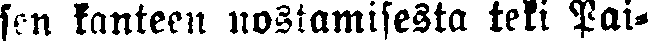
sen kanteen nostamisesta teki Pai-